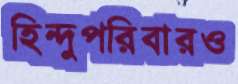
হিন্দুপরিবারও